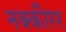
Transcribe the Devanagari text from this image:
नक्कीरर